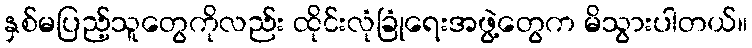
နှစ်မပြည့်သူတွေကိုလည်း ထိုင်းလုံခြုံရေးအဖွဲ့တွေက မိသွားပါတယ်။